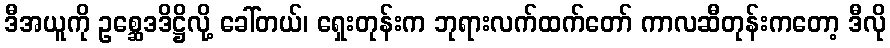
ဒီအယူကို ဥစ္ဆေဒဒိဋ္ဌိလို့ ခေါ်တယ်၊ ရှေးတုန်းက ဘုရားလက်ထက်တော် ကာလဆီတုန်းကတော့ ဒီလို